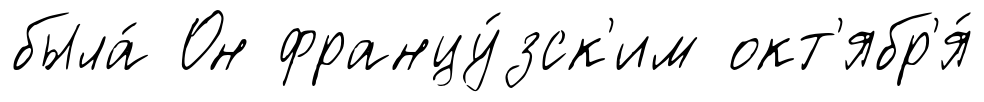
была́ Он францу́зск'им окт'ябр'я́